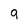
Character: 9